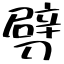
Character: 劈